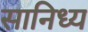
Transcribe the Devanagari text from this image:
सानिध्‍य